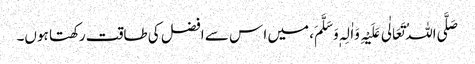
صَلَّی اللہُ تَعَالٰی عَلَیْہِ وَاٰلِہٖ وَسَلَّمَ، میں ا س سے افضل کی طاقت رکھتا ہوں۔